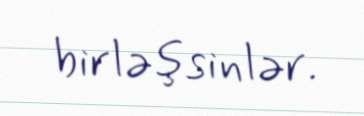
birləşsinlər.